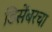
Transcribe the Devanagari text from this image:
डिसेंबरचा